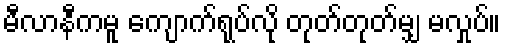
မီလာနီကမူ ကျောက်ရုပ်လို တုတ်တုတ်မျှ မလှုပ်။